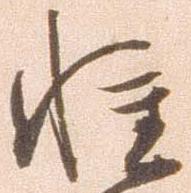
軽